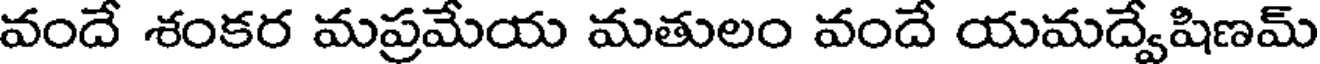
వందే శంకర మప్రమేయ మతులం వందే యమద్వేషిణమ్